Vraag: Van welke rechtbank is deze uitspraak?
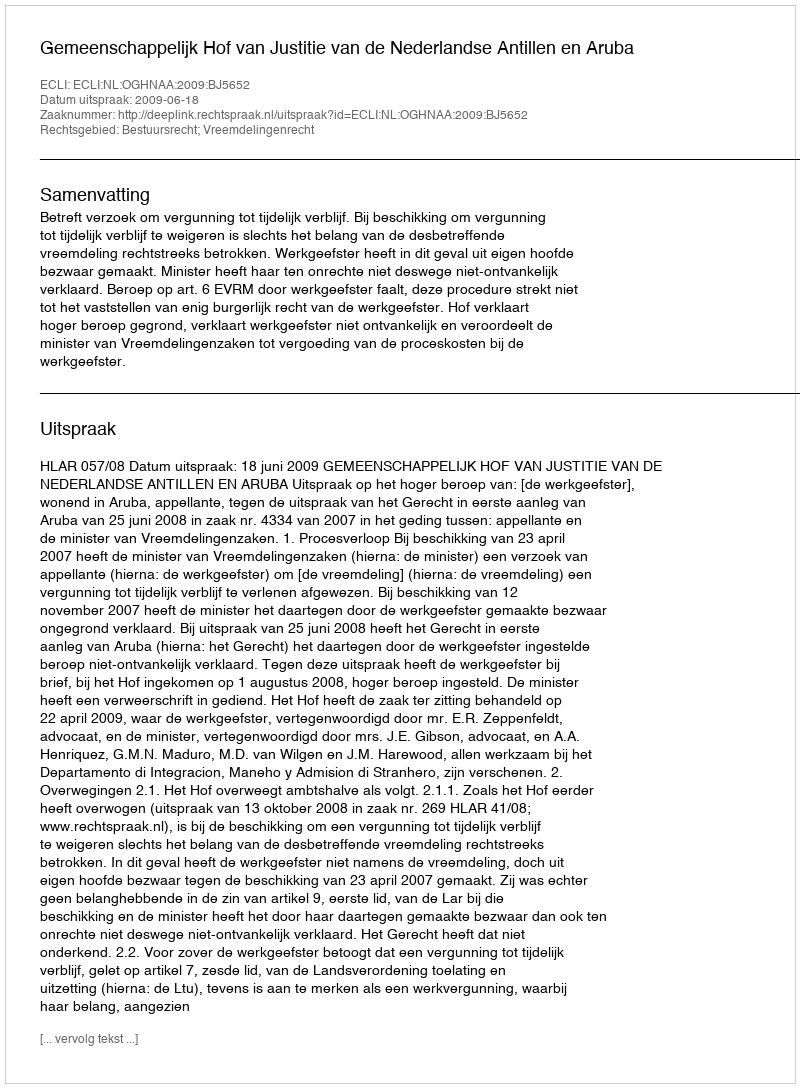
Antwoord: Gemeenschappelijk Hof van Justitie van de Nederlandse Antillen en Aruba